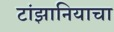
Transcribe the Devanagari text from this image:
टांझानियाचा